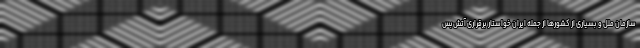
سازمان ملل و بسیاری از کشورها از جمله ایران خواستار برقراری آتش‌بس